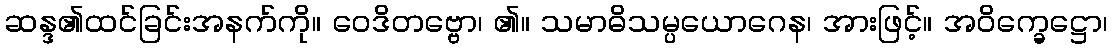
ဆန္ဒ၏ထင်ခြင်းအနက်ကို။ ဝေဒိတဗ္ဗော၊ ၏။ သမာဓိသမ္ပယောဂေန၊ အားဖြင့်။ အဝိက္ခေဋ္ဌော၊